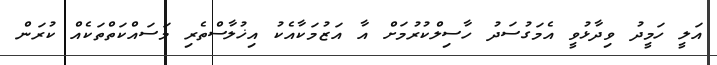
އަލީ ހަމީދު ވިދާޅުވީ އެމަގުސަދު ހާސިލްކުރުމަށް އާ އަޒުމަކާއެކު އިޚުލާސްތެރި މަސައްކަތްތަކެއް ކުރަން